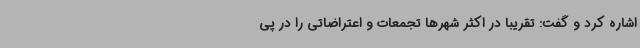
اشاره کرد و گفت: تقریباً در اکثر شهرها تجمعات و اعتراضاتی را در پی